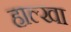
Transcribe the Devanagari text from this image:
हाल्खा